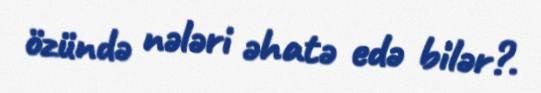
özündə nələri əhatə edə bilər?.